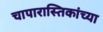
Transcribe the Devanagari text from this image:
चापारास्तिकांच्या